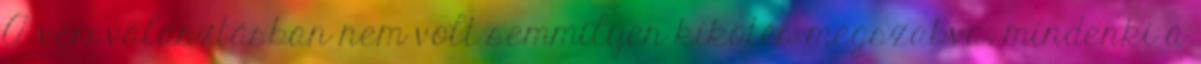
A versválasztásban nem volt semmilyen kikötés megszabva, mindenki a